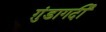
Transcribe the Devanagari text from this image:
ग़ुंडागर्दी